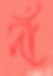
দাঁঁ